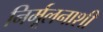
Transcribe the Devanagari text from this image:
निर्मूलनाशी